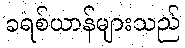
ခရစ်ယာန်များသည်